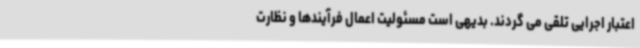
اعتبار اجرایی تلقی می گردند. بدیهی است مسئولیت اعمال فرآیندها و نظارت